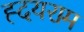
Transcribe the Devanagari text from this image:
ह्दयराम